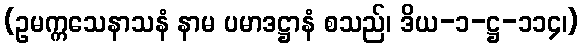
(ဥမက္ကသေနာသနံ နာမ ပမာဒဋ္ဌာနံ စသည်၊ ဒိယ-၁-ဋ္ဌ-၁၁၄၊)